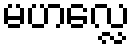
မဟလ္လေ